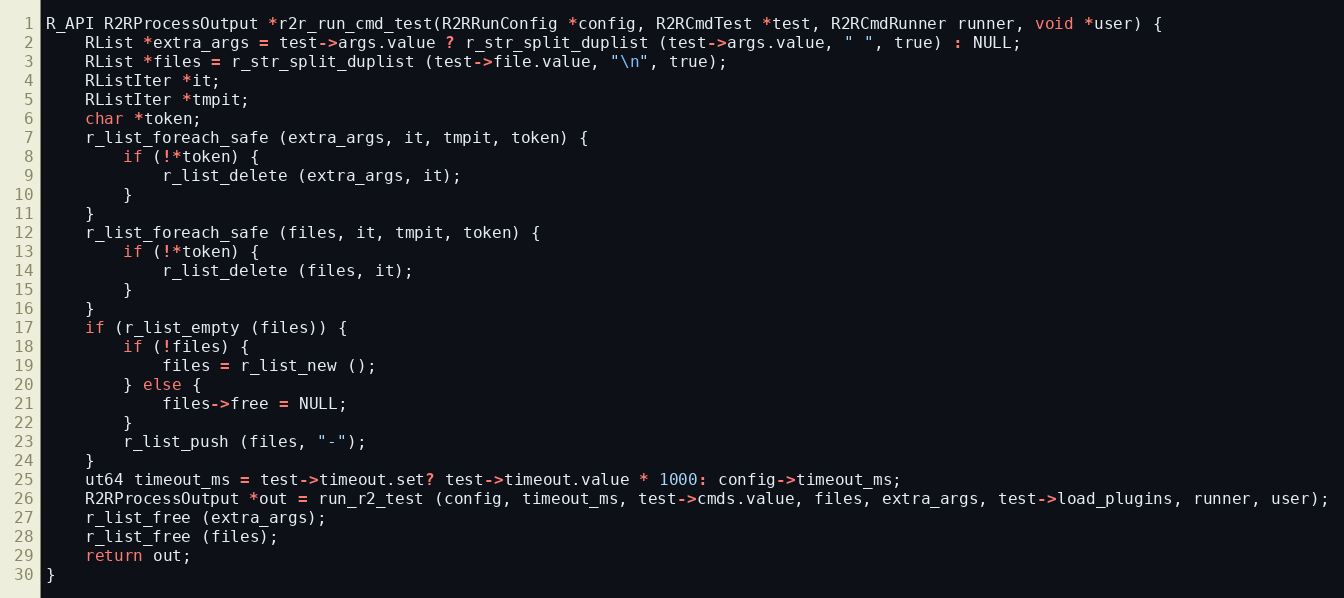
Language: C
R_API R2RProcessOutput *r2r_run_cmd_test(R2RRunConfig *config, R2RCmdTest *test, R2RCmdRunner runner, void *user) {
	RList *extra_args = test->args.value ? r_str_split_duplist (test->args.value, " ", true) : NULL;
	RList *files = r_str_split_duplist (test->file.value, "\n", true);
	RListIter *it;
	RListIter *tmpit;
	char *token;
	r_list_foreach_safe (extra_args, it, tmpit, token) {
		if (!*token) {
			r_list_delete (extra_args, it);
		}
	}
	r_list_foreach_safe (files, it, tmpit, token) {
		if (!*token) {
			r_list_delete (files, it);
		}
	}
	if (r_list_empty (files)) {
		if (!files) {
			files = r_list_new ();
		} else {
			files->free = NULL;
		}
		r_list_push (files, "-");
	}
	ut64 timeout_ms = test->timeout.set? test->timeout.value * 1000: config->timeout_ms;
	R2RProcessOutput *out = run_r2_test (config, timeout_ms, test->cmds.value, files, extra_args, test->load_plugins, runner, user);
	r_list_free (extra_args);
	r_list_free (files);
	return out;
}